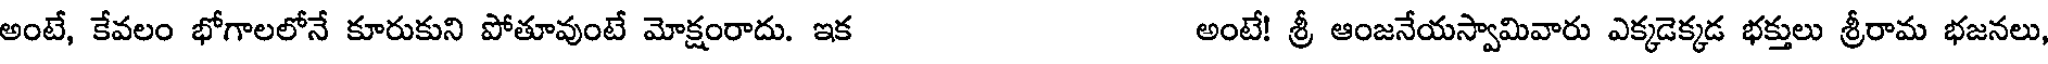
అంటే, కేవలం భోగాలలోనే కూరుకుని పోతూవుంటే మోక్షంరాదు. ఇక అంటే! శ్రీ ఆంజనేయస్వామివారు ఎక్కడెక్కడ భక్తులు శ్రీరామ భజనలు,